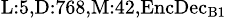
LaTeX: _{\textrm{L}:5,\textrm{D}:768,\textrm{M}:42,\textrm{EncDec}_{\textrm{B}1}}